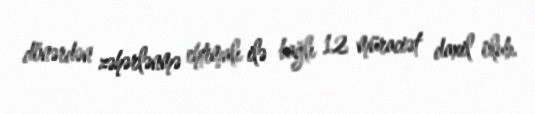
dönərdən zəhərlənmə ehtimalı ilə bağlı 12 müraciət daxil olub.